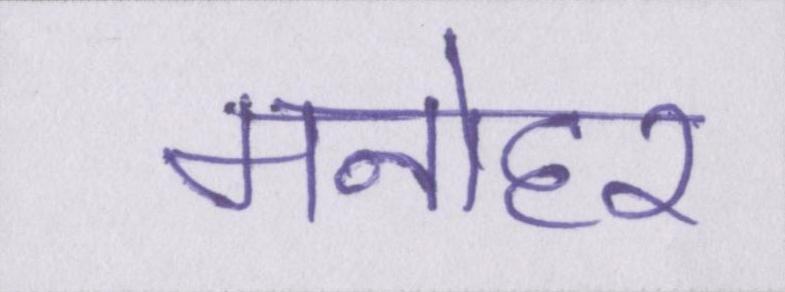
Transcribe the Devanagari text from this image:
मनोहर